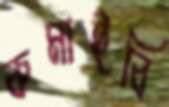
কমাইবি